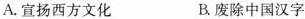
A.宣扬西方文化 B.废除中国汉字